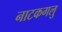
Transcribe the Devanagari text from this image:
नाटकगलु